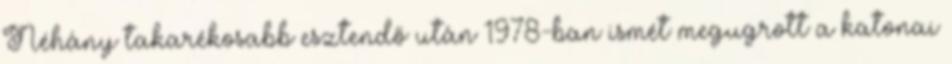
Néhány takarékosabb esztendő után 1978-ban ismét megugrott a katonai